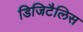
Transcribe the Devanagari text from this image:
डिजिटैलिस